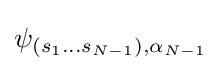
\psi _{(s_{1}...s_{N-1}),\alpha _{N-1}}